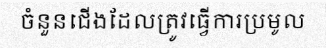
ចំនួនជើងដែលត្រូវធ្វើការប្រមូល